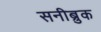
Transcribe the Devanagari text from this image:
सनीब्रुक